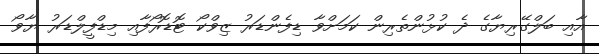
އާއި ބަލްގޭރިޔާގެ ދެ ކުޅުންތެރިން ކަމަށްވާ ޑިފެންޑަރު ޒިވްކޯ ޓޮޑޮރޯފާއި މިޑްފީލްޑަރު ޔާވޯ